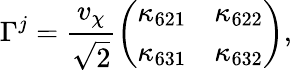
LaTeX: \Gamma^{j}=\frac{v_{\chi}}{\sqrt 2}\left(\begin{array}{cc}{{\kappa_{621}}}&{{\kappa_{622}}}\\ {{\kappa_{631}}}&{{\kappa_{632}}}\end{array}\right),